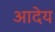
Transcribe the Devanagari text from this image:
आदेय